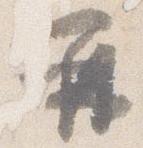
再